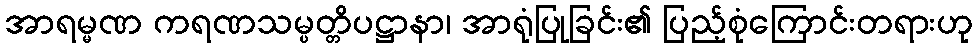
အာရမ္မဏ ကရဏသမ္ပတ္တိပဋ္ဌာနာ၊ အာရုံပြုခြင်း၏ ပြည့်စုံကြောင်းတရားဟု